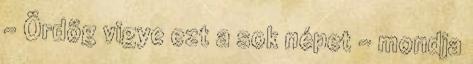
- Ördög vigye ezt a sok népet - mondja